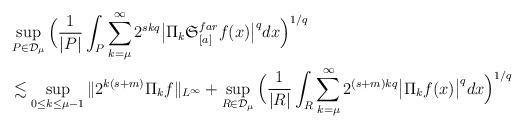
LaTeX: \begin{align*}&\sup_{P\in\mathcal{D}_{\mu}}\Big(\frac{1}{|P|}\int_P\sum_{k=\mu}^{\infty}{2^{skq} \big|\Pi_k\mathfrak{S}_{[a]}^{far}f(x) \big|^q}dx \Big)^{1/q}\\&\lesssim \sup_{0\leq k\leq \mu-1}{\Vert 2^{k(s+m)}\Pi_kf \Vert_{L^{\infty}}}+\sup_{R\in\mathcal{D}_{\mu}}\Big(\frac{1}{|R|}\int_R\sum_{k=\mu}^{\infty}{2^{(s+m)kq} \big|\Pi_kf(x) \big|^q} dx\Big)^{1/q}\end{align*}